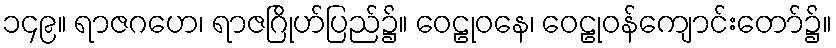
၁၄၉။ ရာဇဂဟေ၊ ရာဇဂြိုဟ်ပြည်၌။ ဝေဠုဝနေ၊ ဝေဠုဝန်ကျောင်းတော်၌။